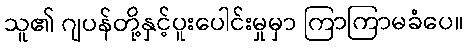
သူ၏ ဂျပန်တို့နှင့်ပူးပေါင်းမှုမှာ ကြာကြာမခံပေ။